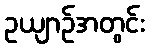
ဥယျာဉ်အတွင်း